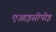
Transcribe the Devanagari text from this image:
एआइसीपीइ